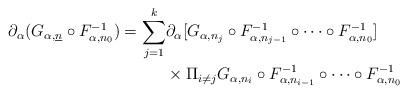
LaTeX: \begin{align*}\partial_{\alpha} (G_{\alpha,\underline{n}} \circ F_{\alpha,n_0}^{-1})=\sum_{j=1}^k &\partial_{\alpha}[G_{\alpha,n_j} \circ F_{\alpha,n_{j-1}}^{-1} \circ \dots \circ F_{\alpha,n_{0}}^{-1}] \\&\times \Pi_{i \neq j} G_{\alpha,n_i} \circ F_{\alpha,n_{i-1}}^{-1} \circ \dots \circ F_{\alpha,n_{0}}^{-1}\end{align*}